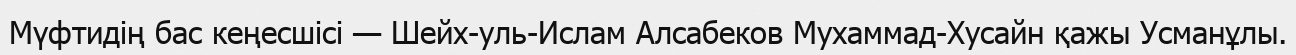
Мүфтидің бас кеңесшісі — Шейх-уль-Ислам Алсабеков Мухаммад-Хусайн қажы Усманұлы.